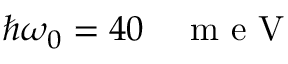
\hbar \omega _ { 0 } = 4 0 \mathrm { ~ ~ ~ } \mathrm { ~ m ~ e ~ V ~ }